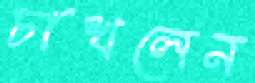
চাখলেন